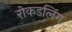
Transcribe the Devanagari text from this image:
रोकडलिंग